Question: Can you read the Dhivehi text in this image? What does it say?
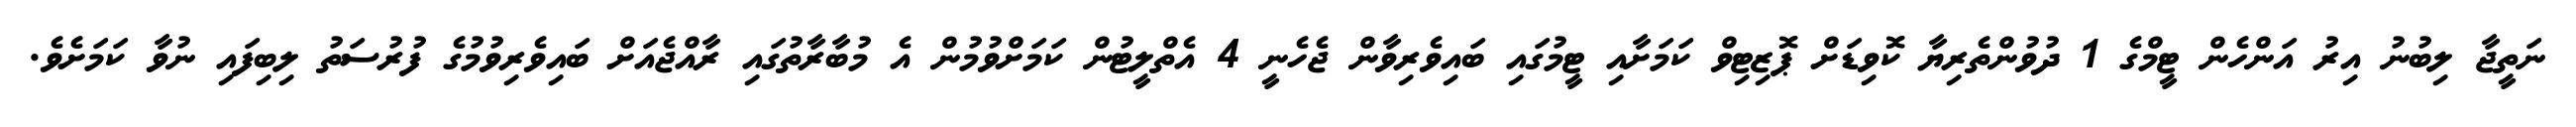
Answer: ނަތީޖާ ލިބުނު އިރު އަންހެން ޓީމްގެ 1 ދުވުންތެރިޔާ ކޮވިޑަށް ޕޮޒިޓިވް ކަމަށާއި ޓީމުގައި ބައިވެރިވާން ޖެހެނީ 4 އެތްލީޓުން ކަމަށްވުމުން އެ މުބާރާތުގައި ރާއްޖެއަށް ބައިވެރިވުމުގެ ފުރުސަތު ލިބިފައި ނުވާ ކަމަށެވެ.